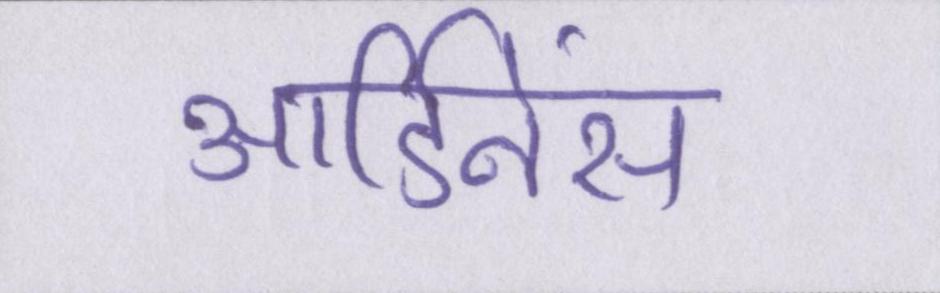
आर्डिनेंस